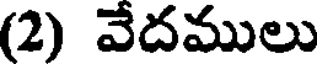
(2) వేదములు